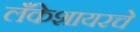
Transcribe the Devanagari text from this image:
लँकेशायरचे